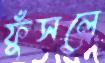
ফুঁসলে